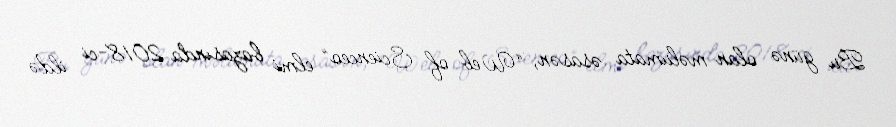
Bu günə olan məlumata əsasən, “Web of Scienceo” elmi bazasında 2018-ci ildə